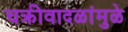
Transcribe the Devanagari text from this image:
चक्रीवादळांमुळे